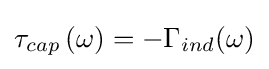
\tau _{cap}\left(\omega \right)=-\Gamma _{ind}(\omega )